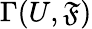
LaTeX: \Gamma(U,\mathfrak{F})